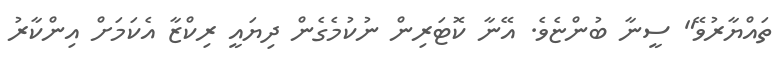
ތައްޔާރުވޭ" ސީނާ ބުންޏެވެ. އޭނާ ކޮޓަރިން ނުކުމެގެން ދިޔައީ ރިކްޒާ އެކަމަށް އިންކާރު